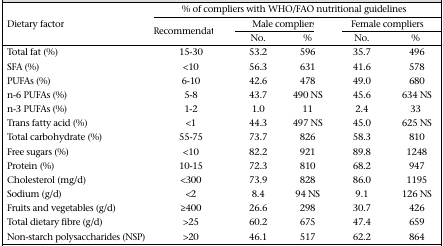
| <ROWSPAN=3> Dietary factor | <COLSPAN=5> % of compliers with WHO/FAO nutritional guidelines |
 | <ROWSPAN=2> Recommendation | <COLSPAN=2> Male compliers¶ | <COLSPAN=2> Female compliers |
 | No. | % | No. | % |
 | --- | --- | --- | --- | --- | --- |
 | Total fat (%) | 15-30 | 53.2 | 596 | 35.7 | 496 |
 | SFA (%) | <10 | 56.3 | 631 | 41.6 | 578 |
 | PUFAs (%) | 6-10 | 42.6 | 478 | 49.0 | 680 |
 | n-6 PUFAs (%) | 5-8 | 43.7 | 490 NS | 45.6 | 634 NS |
 | n-3 PUFAs (%) | 1-2 | 1.0 | 11 | 2.4 | 33 |
 | Trans fatty acid (%) | <1 | 44.3 | 497 NS | 45.0 | 625 NS |
 | Total carbohydrate (%) | 55-75 | 73.7 | 826 | 58.3 | 810 |
 | Free sugars (%) | <10 | 82.2 | 921 | 89.8 | 1248 |
 | Protein (%) | 10-15 | 72.3 | 810 | 68.2 | 947 |
 | Cholesterol (mg/d) | <300 | 73.9 | 828 | 86.0 | 1195 |
 | Sodium (g/d) | <2 | 8.4 | 94 NS | 9.1 | 126 NS |
 | Fruits and vegetables (g/d) | ≥400 | 26.6 | 298 | 30.7 | 426 |
 | Total dietary fibre (g/d) | >25 | 60.2 | 675 | 47.4 | 659 |
 | Non-starch polysaccharides (NSP) | >20 | 46.1 | 517 | 62.2 | 864 |